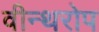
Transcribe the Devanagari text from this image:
वीन्थरोप